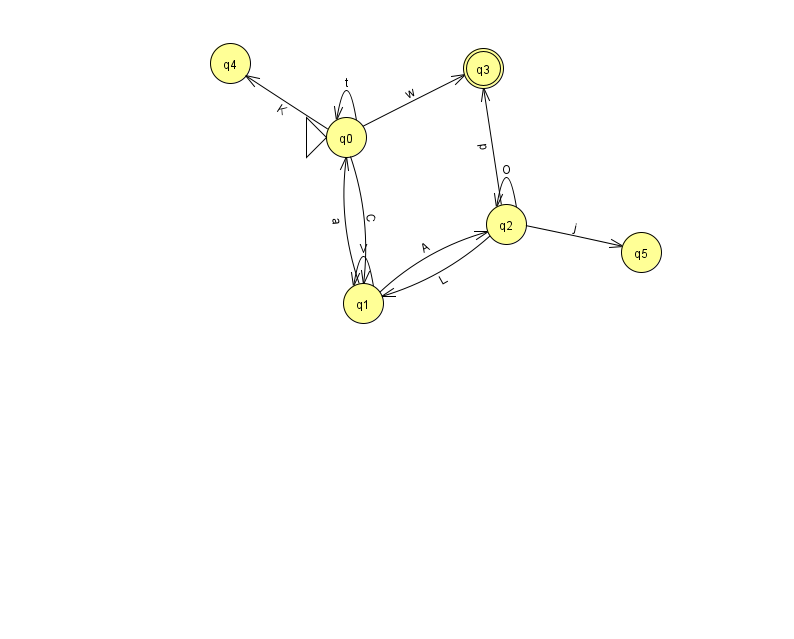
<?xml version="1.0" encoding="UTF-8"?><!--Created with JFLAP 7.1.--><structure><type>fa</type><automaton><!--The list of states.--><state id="0" name="q0"><x>346.0</x><y>124.0</y><initial/></state><state id="1" name="q1"><x>363.0</x><y>290.0</y></state><state id="2" name="q2"><x>506.0</x><y>211.0</y></state><state id="3" name="q3"><x>483.0</x><y>55.0</y><final/></state><state id="4" name="q4"><x>230.0</x><y>50.0</y></state><state id="5" name="q5"><x>641.0</x><y>239.0</y></state><!--The list of transitions.--><transition><from>0</from><to>1</to><read>C</read></transition><transition><from>1</from><to>0</to><read>a</read></transition><transition><from>0</from><to>0</to><read>t</read></transition><transition><from>0</from><to>4</to><read>K</read></transition><transition><from>1</from><to>1</to><read>V</read></transition><transition><from>1</from><to>2</to><read>A</read></transition><transition><from>0</from><to>3</to><read>w</read></transition><transition><from>2</from><to>1</to><read>L</read></transition><transition><from>2</from><to>3</to><read>p</read></transition><transition><from>2</from><to>5</to><read>j</read></transition><transition><from>2</from><to>2</to><read>O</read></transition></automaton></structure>